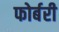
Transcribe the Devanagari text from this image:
फोर्बरी